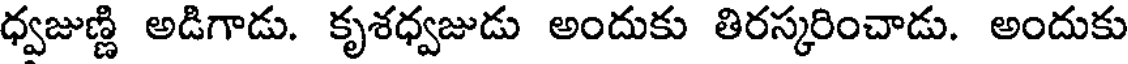
ధ్వజుణ్ణి అడిగాడు. కృశధ్వజుడు అందుకు తిరస్కరించాడు. అందుకు